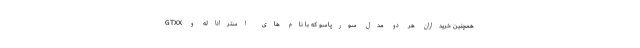
همچنین خریداران هر دو مدل سورپاسو که با نام های استراداله و GTXX